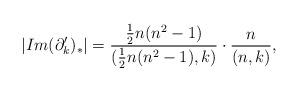
LaTeX: \begin{align*}|Im(\partial'_k)_*|=\frac{\frac{1}{2}n(n^2-1)}{(\frac{1}{2}n(n^2-1),k)}\cdot\frac{n}{(n,k)},\end{align*}